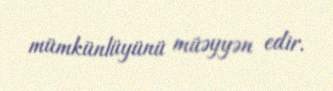
mümkünlüyünü müəyyən edir.